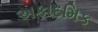
અકાદમિક